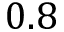
0 . 8